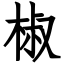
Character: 椒